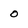
Character: o